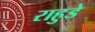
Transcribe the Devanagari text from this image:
राहुडे